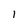
Character: 1